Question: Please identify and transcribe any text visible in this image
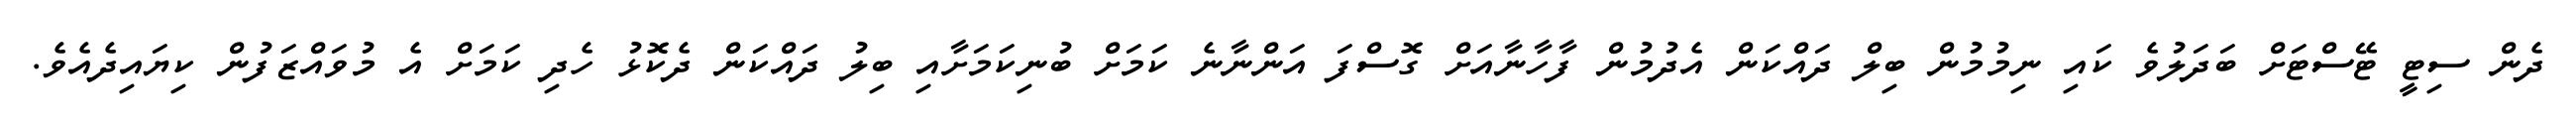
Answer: ދެން ސިޓީ ޓޭސްޓަށް ބަދަލުވެ ކައި ނިމުމުން ބިލް ދައްކަން އެދުމުން ފާހާނާއަށް ގޮސްފަ އަންނާނެ ކަމަށް ބުނިކަމަށާއި ބިލު ދައްކަން ދެކޮޅު ހެދި ކަމަށް އެ މުވައްޒަފުން ކިޔައިދެއެވެ.